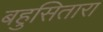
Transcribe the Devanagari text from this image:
बहुसितारा